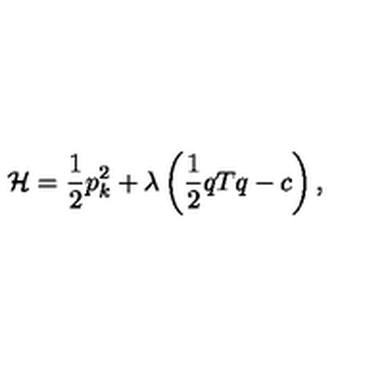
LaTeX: { \cal { H } } = \frac 1 2 p _ { k } ^ { 2 } + \lambda \left( \frac 1 2 q T q - c \right) ,